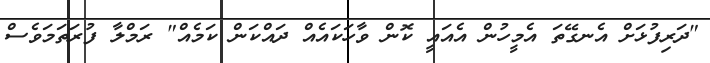
"ދަރިފުޅަށް އެނގޭތަ އެމީހުން އެއައީ ކޮން ވާހަކައެއް ދައްކަން ކަމެއް" ރަމްލާ ފުރަތަމަވެސް